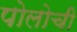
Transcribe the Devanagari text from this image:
पोलोची